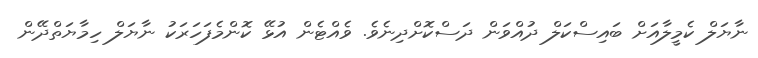
ނާޔަލް ކެމީލާއަށް ބައިސްކަލް ދުއްވަން ދަސްކޮށްދިނެވެ. ވެއްޓެން އުޅޭ ކޮންމެފަހަރަކު ނާޔަލް ހިމާޔަތްދޭން